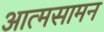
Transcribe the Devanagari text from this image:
आत्मसामन